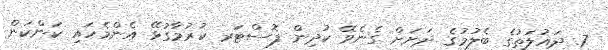
7. ދައުލަތުގެ ބެލުމުގެ ދަށަށް ގެނެވޭ ކުދިން ފޮސްޓަރ ކުރުމާގުޅޭ އެންމެހައި ކަންކަން